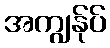
အကျွန်ုပ်